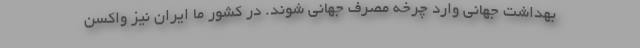
بهداشت جهانی وارد چرخه مصرف جهانی شوند. در کشور ما ایران نیز واکسن